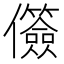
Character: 𫤐